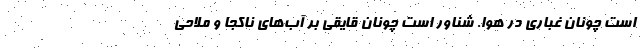
است چونان غباری در هوا. شناور است چونان قایقی بر آب‌های ناکجا و ملّاحی